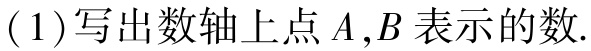
(1)写出数轴上点\(A,B\)表示的数.